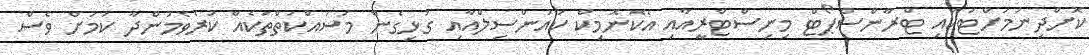
ކޮށްދިނުމަށްޓަކައި ޓްރާންސްޕޯޓް މިނިސްޓްރީއާއި އެކޮނޮމިކް ކައުންސިލްއާއި ގުޅިގެން މަސައްކަތްތަކެއް ކުރެވެމުންދާ ކަމަށް ވެސް